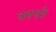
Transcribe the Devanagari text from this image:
यमनमें